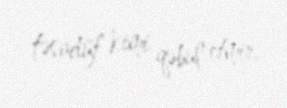
təsadüf kimi qəbul etmir.